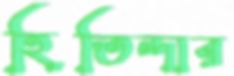
হিতিন্দার